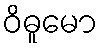
ဝိဓူမော